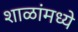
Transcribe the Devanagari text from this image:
शाळांमध्‍ये